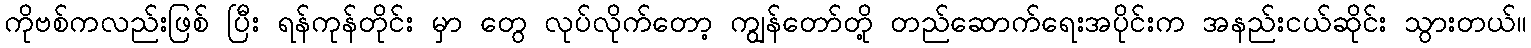
ကိုဗစ်ကလည်းဖြစ် ပြီး ရန်ကုန်တိုင်း မှာ တွေ လုပ်လိုက်တော့ ကျွန်တော်တို့ တည်ဆောက်ရေးအပိုင်းက အနည်းငယ်ဆိုင်း သွားတယ်။